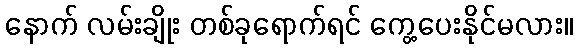
နောက် လမ်းချိုး တစ်ခုရောက်ရင် ကွေ့ပေးနိုင်မလား။